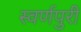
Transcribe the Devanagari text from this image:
स्वर्णपुरी